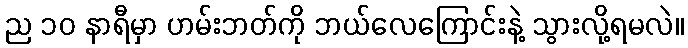
ည ၁၀ နာရီမှာ ဟမ်းဘတ်ကို ဘယ်လေကြောင်းနဲ့ သွားလို့ရမလဲ။